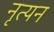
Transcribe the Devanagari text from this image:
नृत्यन